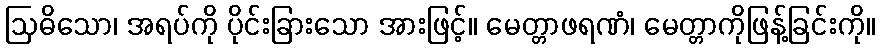
ဩဓိသော၊ အရပ်ကို ပိုင်းခြားသော အားဖြင့်။ မေတ္တာဖရဏံ၊ မေတ္တာကိုဖြန့်ခြင်းကို။